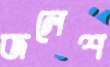
জলেশ